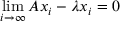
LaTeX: \operatorname* { l i m } _ { i \to \infty } A x _ { i } - \lambda x _ { i } = 0